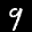
Label: 9